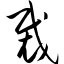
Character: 裁